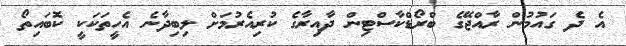
އެ ދެ ގައުމުން ރާއްޖޭގެ ބްރޯޑްކާސްޓިން ދާއިރާގެ ކުރިއެރުމަށް ލިބިދާނެ އެހީތަކަކީ ކޮބައިތޯ